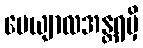
ပေယျာလအန္တရမှိ